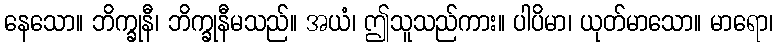
နေသော။ ဘိက္ခုနီ၊ ဘိက္ခုနီမသည်။ အယံ၊ ဤသူသည်ကား။ ပါပိမာ၊ ယုတ်မာသော။ မာရော၊